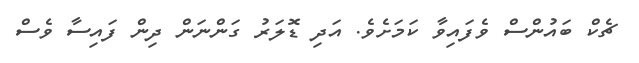
ޗެކް ބައުންސް ވެފައިވާ ކަމަށެވެ. އަދި ޑޮލަރު ގަންނަން ދިން ފައިސާ ވެސް